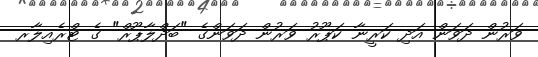
ވަރުން ދަވަން އަދި ކަރީނާ ކަޕޫރު ވަރުން ދަވަންގެ "ބަދްލާޕޫރް" ގެ ޓްރެއިލާރ